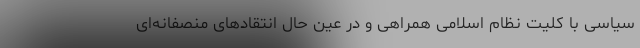
سیاسی با کلیت نظام اسلامی همراهی و در عین حال انتقاد‌های منصفانه‌ای